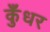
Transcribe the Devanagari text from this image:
कुँधर